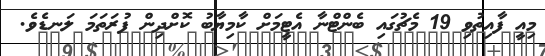
މިއީ ފާއިތުވި 19 މެޗުގައި ބެންޓްނާ އެޓީމަށް ކާމިޔާބު ކޮށްދިން ފުރަތަމަ ލަނޑެވެ.